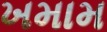
ખમામ